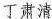
丁肃清